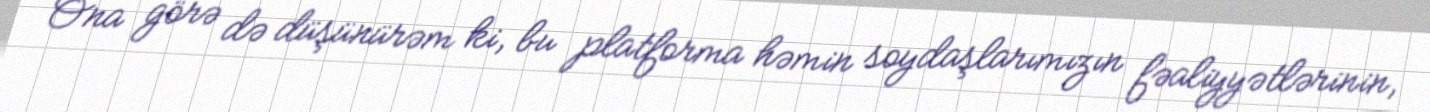
Ona görə də düşünürəm ki, bu platforma həmin soydaşlarımızın fəaliyyətlərinin,